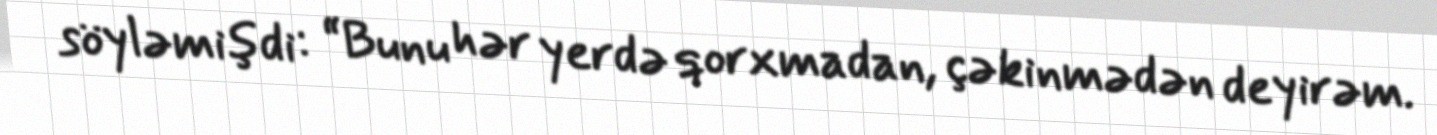
söyləmişdi: “Bunu hər yerdə qorxmadan, çəkinmədən deyirəm.